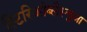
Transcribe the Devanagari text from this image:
स्टिरिओब्लैस्चुआ